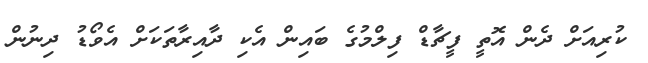
ކުރިއަށް ދެން އޮތީ ފީޗާޑް ފިލްމުގެ ބައިން އެކި ދާއިރާތަކަށް އެވޯޑު ދިނުން